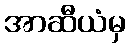
အာဆီယံမှ